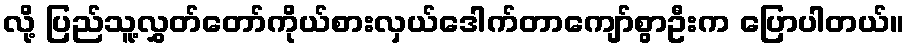
လို့ ပြည်သူ့လွှတ်တော်ကိုယ်စားလှယ်ဒေါက်တာကျော်စွာဦးက ပြောပါတယ်။